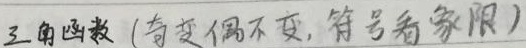
三角函数（奇变偶不变，符号看象限）